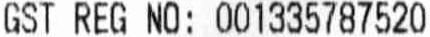
GST REG NO: 001335787520